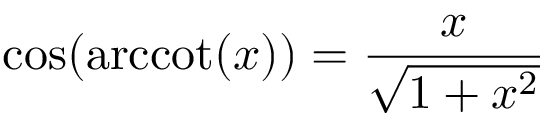
\cos ( \operatorname { a r c c o t } ( x ) ) = { \frac { x } { \sqrt { 1 + x ^ { 2 } } } }